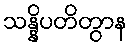
သန္နိပတိတွာန